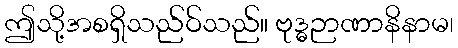
ဤသို့အစရှိသည်ဝ်သည်။ ဗုဒ္ဓဉာဏာနိနာမ၊